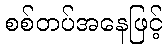
စစ်တပ်အနေဖြင့်